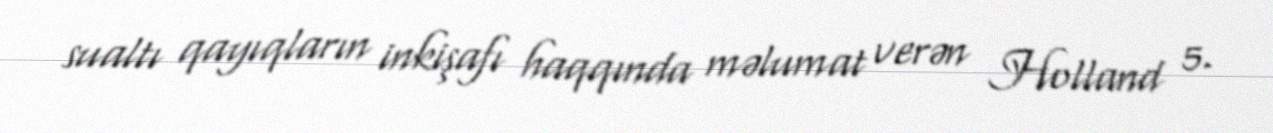
sualtı qayıqların inkişafı haqqında məlumat verən Holland 5.